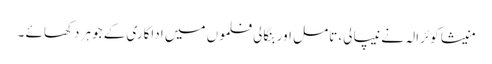
منیشا کوئرالہ نے نیپالی، تامل اور بنگالی فلموں میں اداکاری کے جوہر دکھائے ۔